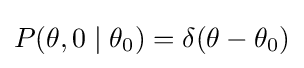
P(\theta ,0\mid \theta _{0})=\delta (\theta -\theta _{0})